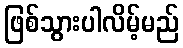
ဖြစ်သွားပါလိမ့်မည်